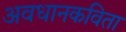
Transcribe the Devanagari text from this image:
अवधानकविता